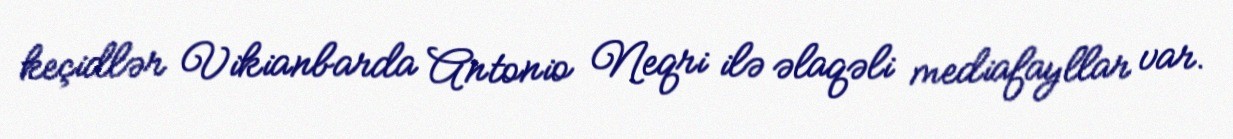
keçidlər Vikianbarda Antonio Neqri ilə əlaqəli mediafayllar var.